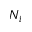
N _ { i }